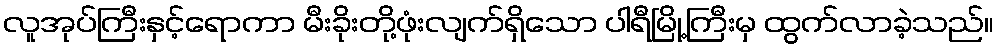
လူအုပ်ကြီးနှင့်ရောကာ မီးခိုးတို့ဖုံးလျက်ရှိသော ပါရီမြို့ကြီးမှ ထွက်လာခဲ့သည်။